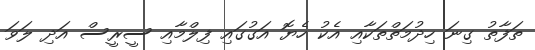
ތަފާތު ގިނަ ހިދުމަތްތަކާއި އެކު ހެޔޮ އަގުގައި ފިލްމާއި ސީރީސް އަދި ލަވަ